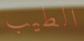
الطيب